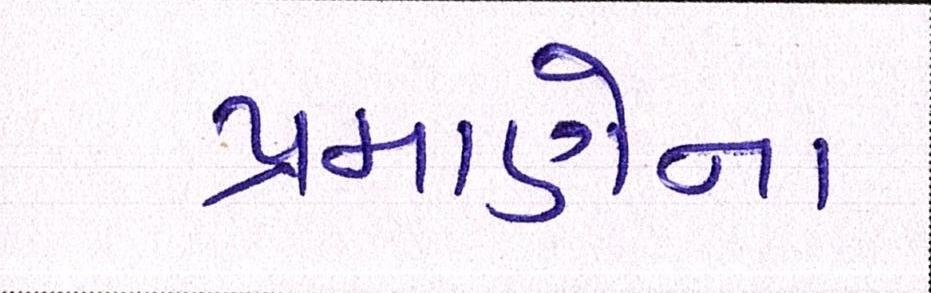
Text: પ્રમાણેના